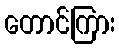
တောင်ကြား